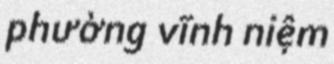
phường vĩnh niệm